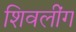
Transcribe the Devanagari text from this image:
शिवलींग